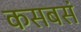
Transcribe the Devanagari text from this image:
कसबसं